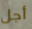
أجل